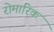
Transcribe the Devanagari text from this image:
रोमारिक